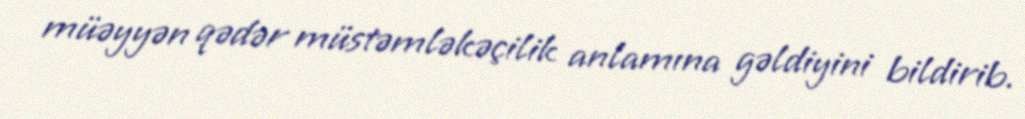
müəyyən qədər müstəmləkəçilik anlamına gəldiyini bildirib.